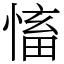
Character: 慉